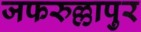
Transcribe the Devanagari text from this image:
जफरुल्लापुर